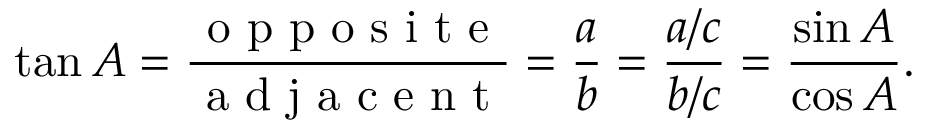
\tan A = { \frac { \textrm { o p p o s i t e } } { \textrm { a d j a c e n t } } } = { \frac { a } { b } } = { \frac { a / c } { b / c } } = { \frac { \sin A } { \cos A } } .